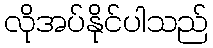
လိုအပ်နိုင်ပါသည်